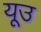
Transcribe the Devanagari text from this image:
यूउ